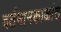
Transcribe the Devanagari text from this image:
वर्तमानकाळांत